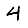
Digit: 4